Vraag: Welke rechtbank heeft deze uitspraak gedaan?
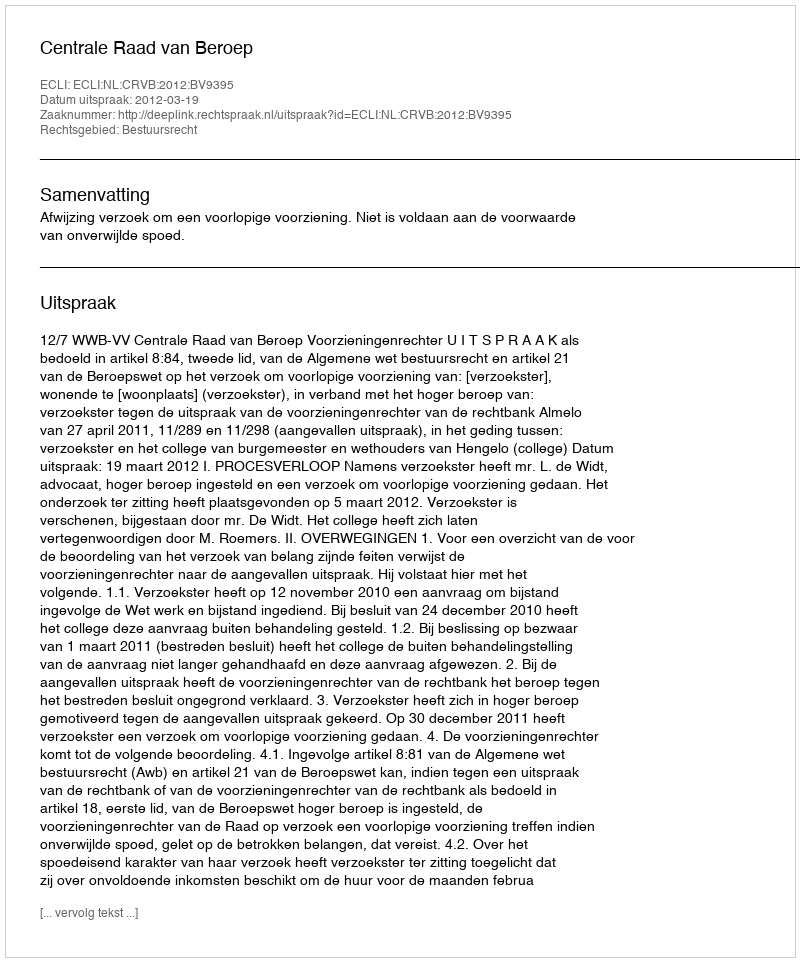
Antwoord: Centrale Raad van Beroep